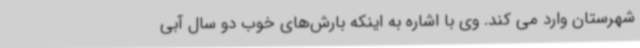
شهرستان وارد می کند. وی با اشاره به اینکه بارش‌های خوب دو سال آبی